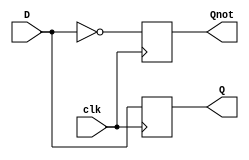
module dff_pos (D, clk, Q, Qnot);
	input  D, clk;
	output Q, Qnot;
	reg    Q, Qnot;
	
	always @ (posedge clk) begin
		Q <= D;
		Qnot <= ~D;
	end 
endmodule